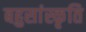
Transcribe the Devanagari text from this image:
बहुसांस्कृति